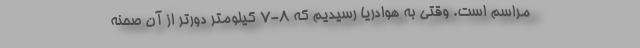
مراسم است. وقتی به هوادریا رسیدیم که 8-7 کیلومتر دورتر از آن صحنه